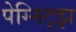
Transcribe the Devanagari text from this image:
पेग्निट्झ